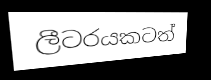
ලීටරයකටත්